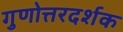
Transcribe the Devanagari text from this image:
गुणोत्तरदर्शक